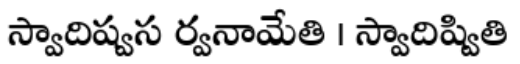
స్వాదిష్వస ర్వనామేతి । స్వాదిష్వితి